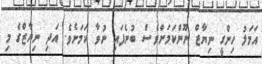
އަމަލު ހިންގީ ނިޔާޒް ނޫންކަމަށްވެސް ބުނެފައި ނުވާ ކަމަށެވެ. އަދި ނިޔާޒްގެ މި